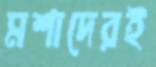
মশাদেরই